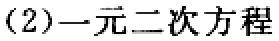
（2）一元二次方程